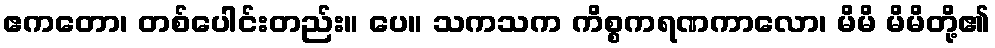
ဧကတော၊ တစ်ပေါင်းတည်း။ ပေ။ သကသက ကိစ္စကရဏကာလော၊ မိမိ မိမိတို့၏